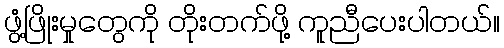
ဖွံ့ဖြိုးမှုတွေကို တိုးတက်ဖို့ ကူညီပေးပါတယ်။